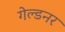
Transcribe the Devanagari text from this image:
गेल्डनर